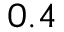
_ { 0 . 4 }